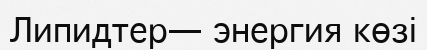
Липидтер— энергия көзі